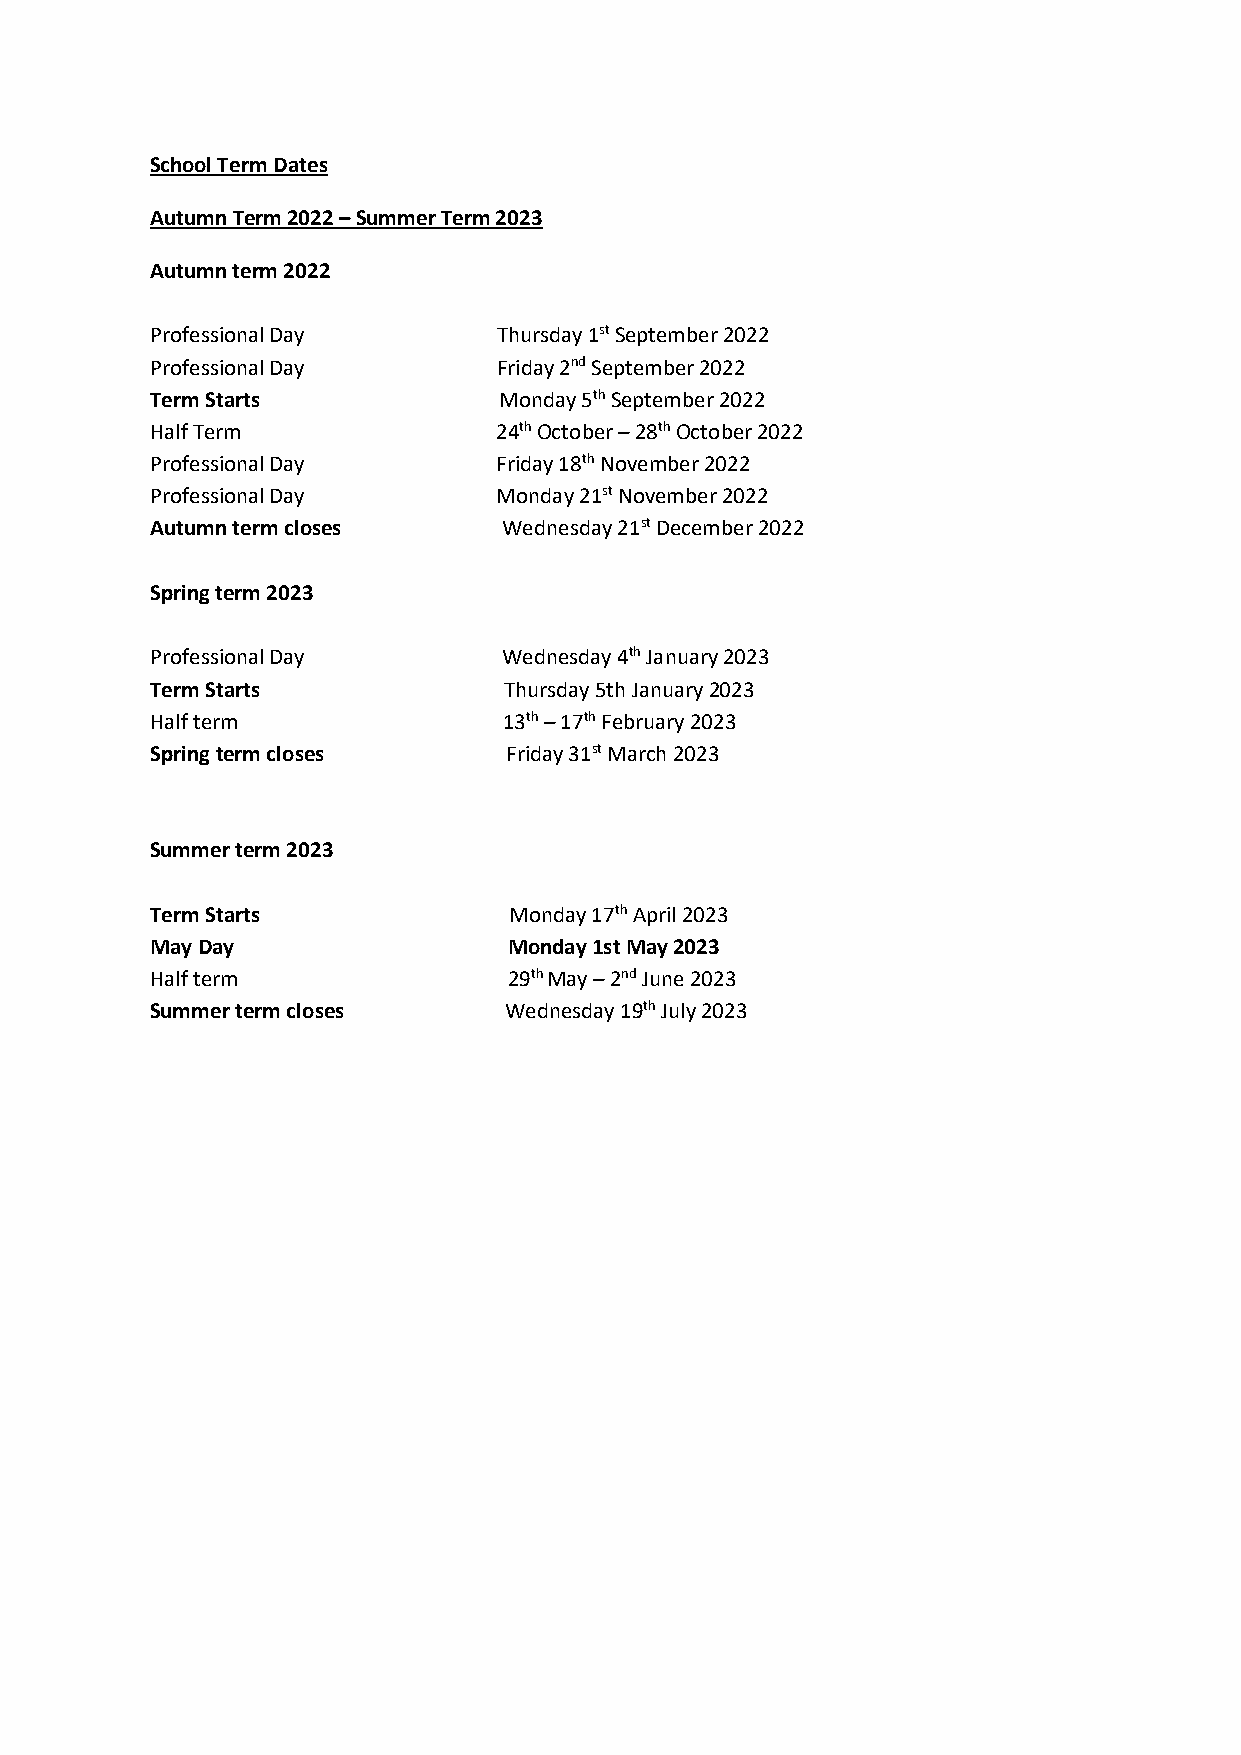
School Term Dates
 Autumn Term 2022 – Summer Term 2023
 Autumn term 2022
 Professional Day       Thursday 1st September 2022
 Professional Day       Friday 2nd September 2022
 Term Starts            Monday 5th September 2022
 Half Term              24th October – 28th October 2022
 Professional Day       Friday 18th November 2022
 Professional Day       Monday 21st November 2022
 Autumn term closes     Wednesday 21st December 2022
 Spring term 2023
 Professional Day       Wednesday 4th January 2023
 Term Starts            Thursday 5th January 2023
 Half term              13th – 17th February 2023
 Spring term closes     Friday 31st March 2023
 Summer term 2023
 Term Starts             Monday 17th April 2023
 May Day                 Monday 1st May 2023
 Half term               29th May – 2nd June 2023
 Summer term closes     Wednesday 19th July 2023